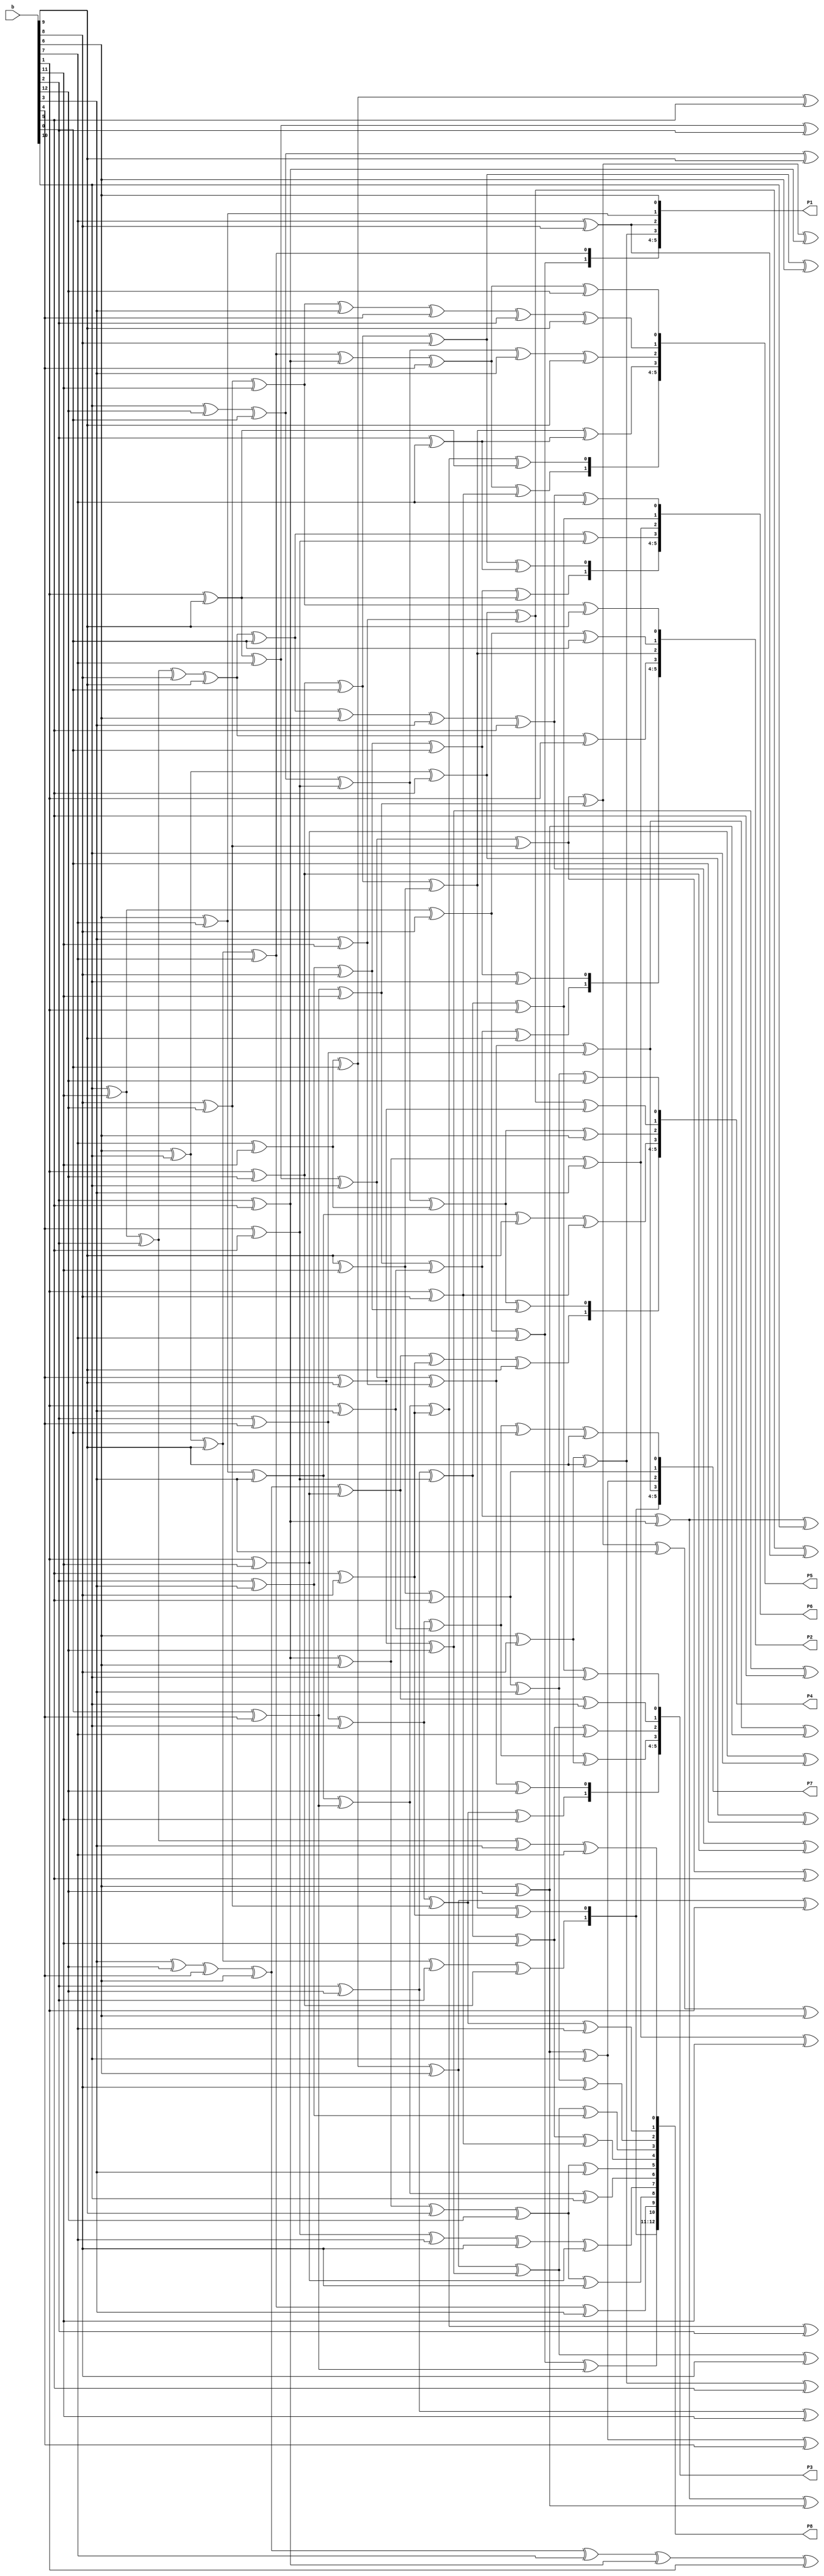
module multiplier_column7_p32(b,P1,P2,P3,P4,P5,P6,P7,P8);

input [12:0]b;
output [12:0]P1,P2,P3,P4,P5,P6,P7,P8; 

//wire[415:0]P;

wire	[415:0]P;


wire BBM1,BBM2,BBM3,BBM4,BBM5,BBM6,BBM7,BBM8,BBM9,BBM10,
BBM11,BBM12,BBM13,BBM14,BBM15,BBM16,BBM17,BBM18,BBM19,BBM20,
BBM21,BBM22,BBM23,BBM24,BBM25,BBM26,BBM27,BBM28,BBM29,BBM30,
BBM31,BBM32,BBM33,BBM34,BBM35,BBM36,BBM37,BBM38,BBM39,BBM40,
BBM41,BBM42,BBM43,BBM44,BBM45,BBM46,BBM47,BBM48,BBM49,BBM50,
BBM51,BBM52,BBM53,BBM54,BBM55,BBM56,BBM57,BBM58,BBM59,BBM60,
BBM61,BBM62,BBM63,BBM64,BBM65,BBM66,BBM67,BBM68,BBM69,BBM70,
BBM71,BBM72,BBM73,BBM74,BBM75,BBM76,BBM77,BBM78,BBM79,BBM80,
BBM81,BBM82,BBM83,BBM84,BBM85,BBM86,BBM87,BBM88,BBM89,BBM90,
BBM91,BBM92,BBM93,BBM94,BBM95,BBM96,BBM97,BBM98,BBM99,BBM100,
BBM101,BBM102,BBM103,BBM104,BBM105,BBM106,BBM107,BBM108,BBM109,BBM110,
BBM111,BBM112,BBM113,BBM114,BBM115,BBM116;

assign BBM1=BBM11^BBM69;
assign BBM2=BBM7^b[7];
assign BBM3=BBM21^BBM95^b[9];
assign BBM4=BBM16^BBM96;
assign BBM5=BBM18^BBM87;
assign BBM6=BBM23^BBM70;
assign BBM7=BBM13^b[3]^b[5];
assign BBM8=BBM18^b[12];
assign BBM9=BBM28^BBM98;
assign BBM10=BBM28^b[12];
assign BBM11=BBM38^BBM99;
assign BBM12=BBM54^BBM67;
assign BBM13=BBM24^b[6];
assign BBM14=BBM34^b[0]^b[9];
assign BBM15=BBM44^BBM89;
assign BBM16=BBM43^BBM95;
assign BBM17=BBM29^BBM95;
assign BBM18=BBM46^BBM89^b[4];
assign BBM19=BBM44^b[9];
assign BBM20=BBM39^b[10];
assign BBM21=BBM57^BBM82;
assign BBM22=BBM41^b[11];
assign BBM23=BBM58^BBM103;
assign BBM24=BBM30^b[0];
assign BBM25=BBM52^BBM88;
assign BBM26=BBM59^BBM96;
assign BBM27=BBM56^BBM90;
assign BBM28=BBM58^BBM104;
assign BBM29=BBM77^BBM107;
assign BBM30=BBM72^b[8]^b[9];
assign BBM31=BBM59^b[10];
assign BBM32=BBM57^b[7];
assign BBM33=BBM60^b[11];
assign BBM34=BBM73^BBM105;
assign BBM35=BBM55^b[12];
assign BBM36=BBM68^BBM104;
assign BBM37=BBM74^b[3]^b[4];
assign BBM38=BBM62^BBM92;
assign BBM39=BBM60^b[1];
assign BBM40=BBM72^b[3]^b[7];
assign BBM41=BBM73^BBM103;
assign BBM42=BBM75^b[9]^b[12];
assign BBM43=BBM76^BBM106;
assign BBM44=BBM70^BBM105;
assign BBM46=BBM78^b[7];
assign BBM47=BBM79^b[7];
assign BBM48=BBM74^b[9];
assign BBM49=BBM79^b[0];
assign BBM50=BBM75^b[3];
assign BBM51=BBM71^b[8];
assign BBM52=BBM77^b[8];
assign BBM53=BBM76^b[9];
assign BBM54=BBM64^b[6];
assign BBM55=BBM66^b[3];
assign BBM56=BBM78^b[2];
assign BBM57=BBM84^b[4]^b[6];
assign BBM58=BBM65^b[10];
assign BBM59=BBM69^b[0];
assign BBM60=BBM83^BBM92;
assign BBM61=BBM85^b[9];
assign BBM62=BBM109^b[0];
assign BBM63=BBM91^b[10];
assign BBM64=BBM99^b[0];
assign BBM65=BBM96^b[7];
assign BBM66=BBM107^b[5];
assign BBM67=BBM86^b[12];
assign BBM68=BBM111^b[5];
assign BBM69=BBM93^b[8];
assign BBM70=BBM106^b[11];
assign BBM71=BBM92^b[7];
assign BBM72=BBM112^b[2];
assign BBM73=BBM98^b[10];
assign BBM74=BBM103^b[11];
assign BBM75=BBM89^b[6];
assign BBM76=BBM80^b[3];
assign BBM77=BBM90^b[0];
assign BBM78=BBM111^b[9];
assign BBM79=BBM112^b[8];
assign BBM45=b[0]^b[1]^b[9]^b[11]^b[12];
assign BBM80=b[6]^b[7];
assign BBM81=b[7]^b[8];
assign BBM82=b[1]^b[11];
assign BBM83=b[2]^b[12];
assign BBM84=b[3]^b[12];
assign BBM85=b[6]^b[8];
assign BBM86=b[4]^b[9];
assign BBM87=b[1]^b[8];
assign BBM88=b[2]^b[7];
assign BBM89=b[2]^b[5];
assign BBM90=b[1]^b[12];
assign BBM91=b[6]^b[12];
assign BBM92=b[4]^b[5];
assign BBM93=b[2]^b[3];
assign BBM94=b[4]^b[7];
assign BBM95=b[5]^b[8];
assign BBM96=b[1]^b[9];
assign BBM97=b[1]^b[8];
assign BBM98=b[2]^b[4];
assign BBM99=b[7]^b[11];
assign BBM100=b[2]^b[5];
assign BBM101=b[5]^b[8];
assign BBM102=b[1]^b[11];
assign BBM103=b[8]^b[12];
assign BBM104=b[3]^b[11];
assign BBM105=b[1]^b[3];
assign BBM106=b[0]^b[4];
assign BBM107=b[9]^b[11];
assign BBM108=b[4]^b[5];
assign BBM109=b[10]^b[12];
assign BBM110=b[1]^b[9];
assign BBM111=b[6]^b[10];
assign BBM112=b[10]^b[11];
assign BBM113=b[8]^b[12];
assign BBM114=b[1]^b[12];
assign BBM115=b[2]^b[5];
assign BBM116=b[6];
assign P[1]=BBM80;
assign P[2]=BBM81;
assign P[3]=BBM61;
assign P[4]=BBM46;
assign P[5]=BBM47;
assign P[6]=BBM48;
assign P[7]=BBM62^b[9];
assign P[8]=BBM82^b[10];
assign P[9]=BBM83^b[11];
assign P[10]=BBM84;
assign P[13]=BBM48;
assign P[14]=BBM49;
assign P[15]=BBM29;
assign P[16]=BBM30^b[1];
assign P[17]=BBM31;
assign P[18]=BBM19;
assign P[19]=BBM20;
assign P[20]=BBM50^b[11];
assign P[21]=BBM32;
assign P[22]=BBM51;
assign P[23]=BBM61^b[5];
assign P[24]=BBM46;
assign P[25]=BBM47;
assign P[26]=BBM20;
assign P[27]=BBM21^b[10];
assign P[28]=BBM33^b[7];
assign P[29]=BBM34^BBM85;
assign P[30]=BBM10;
assign P[31]=BBM22;
assign P[32]=BBM35;
assign P[33]=BBM63^b[4];
assign P[34]=BBM64^b[5];
assign P[35]=BBM52^b[6];
assign P[36]=BBM65^b[2];
assign P[37]=BBM31;
assign P[38]=BBM19;
assign P[39]=BBM35;
assign P[40]=BBM36^BBM86;
assign P[41]=BBM11^b[6];
assign P[42]=BBM53^BBM87;
assign P[43]=BBM1;
assign P[44]=BBM3;
assign P[45]=BBM8;
assign P[46]=BBM36^BBM81;
assign P[47]=BBM12^b[8];
assign P[48]=BBM23^b[5];
assign P[49]=BBM13;
assign P[50]=BBM10;
assign P[51]=BBM22;
assign P[52]=BBM8;
assign P[53]=BBM37^b[2]^b[9];
assign P[54]=BBM38^b[3]^b[9];
assign P[55]=BBM29^BBM88;
assign P[56]=BBM4;
assign P[57]=BBM5;
assign P[58]=BBM2;
assign P[59]=BBM6^b[3]^b[6];
assign P[60]=BBM6^BBM89;
assign P[61]=BBM7^BBM90;
assign P[62]=BBM9^BBM91;
assign P[63]=BBM1;
assign P[64]=BBM3;
assign P[65]=BBM2;
assign P[66]=BBM39;
assign P[67]=BBM50;
assign P[68]=BBM24^BBM92;
assign P[69]=BBM25;
assign P[70]=BBM26;
assign P[71]=BBM14;
assign P[72]=BBM15^b[10];
assign P[73]=BBM15^BBM91;
assign P[74]=BBM32^BBM89^b[1];
assign P[75]=BBM16^b[2];
assign P[76]=BBM4;
assign P[77]=BBM5;
assign P[78]=BBM14;
assign P[79]=BBM66;
assign P[80]=BBM63;
assign P[81]=BBM9;
assign P[82]=BBM17;
assign P[83]=BBM27;
assign P[84]=BBM40;
assign P[85]=BBM37;
assign P[86]=BBM67^b[5];
assign P[87]=BBM68^b[0];
assign P[88]=BBM54^b[1];
assign P[89]=BBM25;
assign P[90]=BBM26;
assign P[91]=BBM40;
assign P[92]=BBM41^b[7];
assign P[93]=BBM55^b[8];
assign P[94]=BBM12^BBM93;
assign P[95]=BBM33^BBM87;
assign P[96]=BBM42^b[3];
assign P[97]=BBM43^b[10];
assign P[98]=BBM51^BBM82;
assign P[99]=BBM42^b[8];
assign P[100]=BBM46^b[3];
assign P[101]=BBM47^BBM106;
assign P[102]=BBM17;
assign P[103]=BBM27;
assign P[0]=b[6];
assign P[11]=b[4];
assign P[12]=b[5];


assign P1[12:0]=P[12:0];
assign P2[12:0]=P[25:13];
assign P3[12:0]=P[38:26];
assign P4[12:0]=P[51:39];
assign P5[12:0]=P[64:52];
assign P6[12:0]=P[77:65];
assign P7[12:0]=P[90:78];
assign P8[12:0]=P[103:91];






endmodule